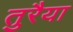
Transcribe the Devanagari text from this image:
तुरैया